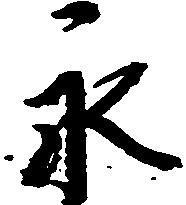
永